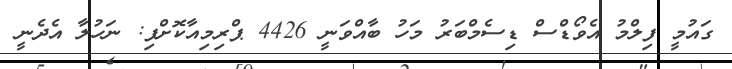
ގައުމީ ފިލްމު އެވޯޑްސް ޑިސެމްބަރު މަހު ބާއްވަނީ 4426 ޕްރިމިއާކޮށްފި: ނަހުލާ އެދެނީ